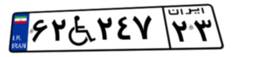
۶۲W۲۴۷۲۳